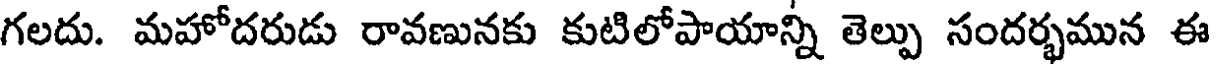
గలదు. మహోదరుడు రావణునకు కుటిలోపాయాన్ని తెల్పు సందర్భమున ఈ